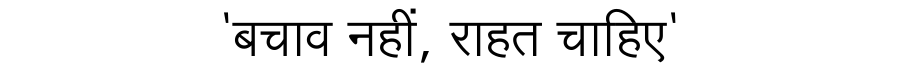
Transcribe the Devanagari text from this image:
'बचाव नहीं, राहत चाहिए'